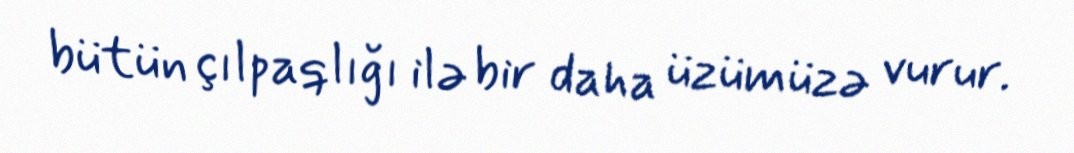
bütün çılpaqlığı ilə bir daha üzümüzə vurur.